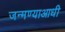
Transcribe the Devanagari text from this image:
जन्मण्याआधी